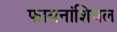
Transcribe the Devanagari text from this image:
फायनांशियल